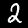
Label: 2